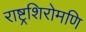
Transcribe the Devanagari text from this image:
राष्ट्रशिरोमणि